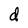
Character: d